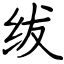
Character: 绂